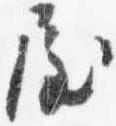
屋